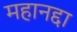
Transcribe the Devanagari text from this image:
महानद्दा